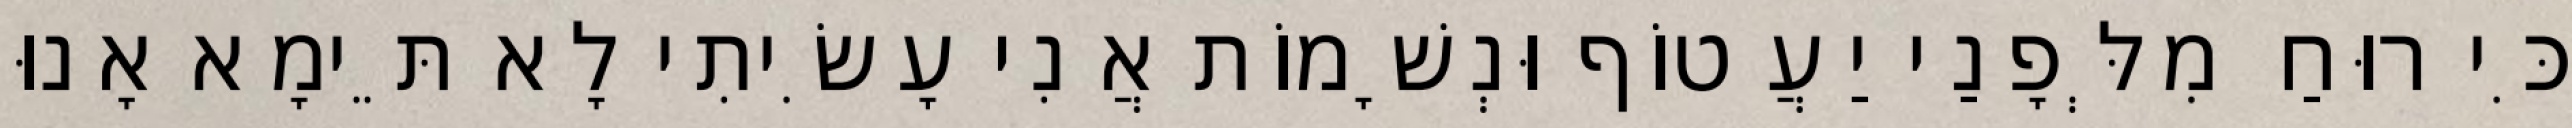
כִּי רוּחַ מִלְּפָנַי יַעֲטוֹף וּנְשָׁמוֹת אֲנִי עָשִׂיתִי לָא תֵּימָא אָנוּ